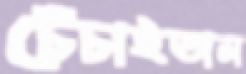
চেঁচাইতাম